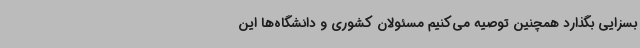
بسزایی بگذارد همچنین توصیه می‌کنیم مسئولان کشوری و دانشگاه‌ها این